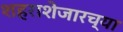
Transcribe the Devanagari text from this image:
शहराशेजारच्या